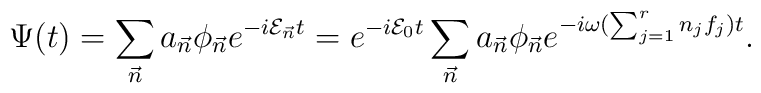
\Psi(t)=\sum_{\vec{n}}a_{\vec{n}}\phi_{\vec{n}}e^{-i{\cal E}_{\vec{n}}t}=e^{-i{\cal E}_0t}\sum_{\vec{n}}a_{\vec{n}}\phi_{\vec{n}}e^{-i\omega(\sum_{j=1}^r n_jf_j)t}.